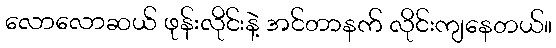
လောလောဆယ် ဖုန်းလိုင်းနဲ့ အင်တာနက် လိုင်းကျနေတယ်။